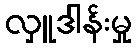
လှူဒါန်းမှု